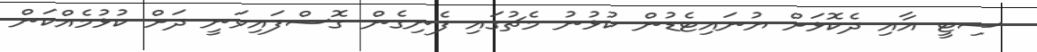
ސިޓީ އާއި ދެކޮޅަށް ޔުނައިޓެޑުން ކުޅުނު މެޗުގައި ފެނިގެން ގޮސްފައިވަނީ ދަށް ކުޅުމެއްކަން